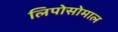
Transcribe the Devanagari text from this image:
लिपोसोमाल